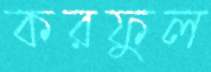
করফুল